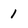
Character: 1